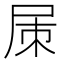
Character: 㞖